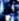
انه